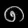
Digit: ၈